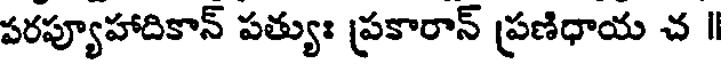
పరప్యూహాదికాన్ పత్యుః ప్రకారాన్ ప్రణిధాయ చ ॥